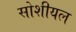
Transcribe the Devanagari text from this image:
सोशीयल